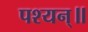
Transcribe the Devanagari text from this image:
पश्यन्॥